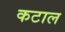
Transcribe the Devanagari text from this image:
कटाल